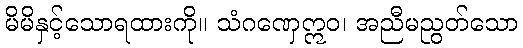
မိမိနှင့်သောရထားကို။ သံဂဏှေဣဝ၊ အညီမညွတ်သော